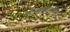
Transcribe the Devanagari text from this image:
सोन्यामोत्याच्या